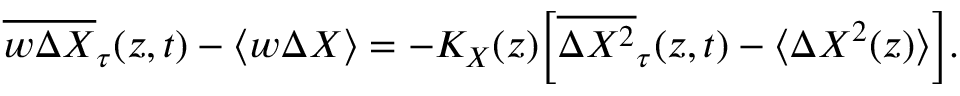
\overline { { w { \mit \Delta } X } } _ { \tau } ( z , t ) - \langle w { \mit \Delta } X \rangle = - K _ { X } ( z ) \! \left[ \overline { { { \mit \Delta } X ^ { 2 } } } _ { \tau } ( z , t ) - \langle { \mit \Delta } X ^ { 2 } ( z ) \rangle \right] \! .